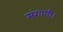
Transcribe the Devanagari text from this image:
मंगायी।